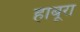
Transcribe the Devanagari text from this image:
हाबूरा